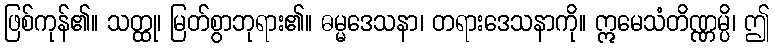
ဖြစ်ကုန်၏။ သတ္ထု၊ မြတ်စွာဘုရား၏။ ဓမ္မဒေသနာ၊ တရားဒေသနာကို။ ဣမေသံတိဏ္ဏမ္ပိ၊ ဤ